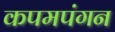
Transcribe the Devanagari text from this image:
कपमपंगन